Report on vaccination in Madras 1904-1921 - 1904-1921
Year: 1904
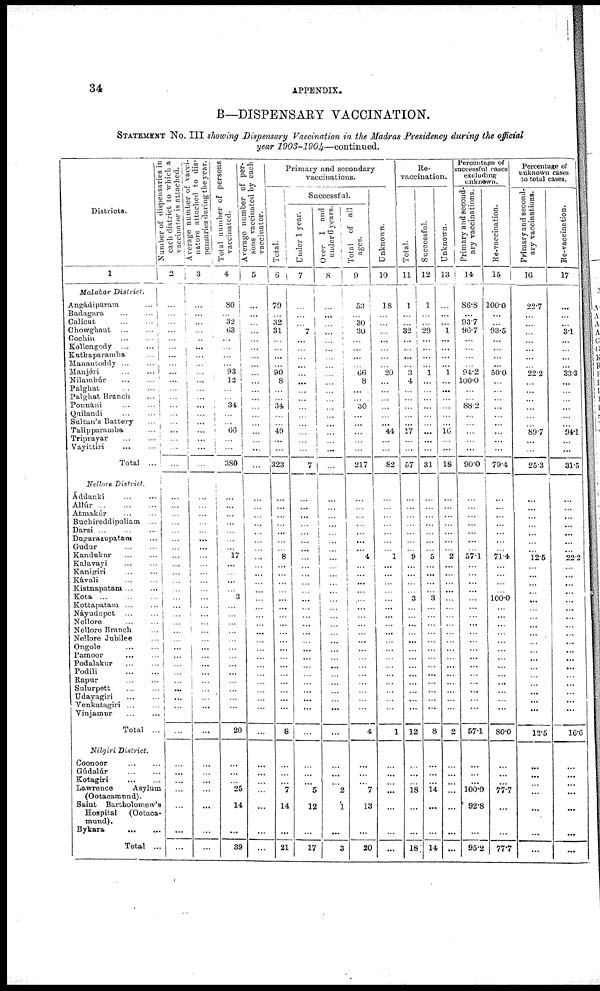
34
APPENDIX.
B—DISPENSARY VACCINATION.
STATEMENT No. III showing Dispensary Vaccination in the Madras Presidency during the official
year 1903-1904—continued.
Districts.
1
Malabar District.
Angádipuram ...
Badagara ... ...
Calicut
...
...
Chowghaut
...
...
Cochin ... ...
Kollengody
...
...
Kuthaparamba ...
Manantoddy...
...
Manjéri ... ...
Nilambúr
...
...
Palghat ... ...
Palghat Branch ...
Ponnáni ... ...
Quilandi ... ...
Sultan's Battery ...
Talipparamba ...
Triprayar
...
...
Vayittiri ... ...
Total ...
Nellore District.
Áddanki
...
...
Allúr ... ...
Atmakúr ... ...
Buchireddipoliam ...
Darsi
...
...
...
Dugarazupatam ...
Gudur
...
...
Kandukur
...
...
Kalavayi ... ...
Kanigiri
...
...
Kávali
...
...
Kistnapatam ... ...
Kota
...
...
...
Kottapatam
...
...
Náyudupet ... ...
Nellore
...
...
Nellore Branch ...
Nellore Jubilee ...
Ongole ... ...
Pamoor
...
...
Podalakur
...
...
Podili
...
...
Rapur
...
...
Sulurpett ... ...
Udayagiri ... ...
Venkatagiri ... ...
Vinjamur ... ...
Total ...
Nilgiri District.
Coonoor
...
...
Gúdalúr
...
...
Kotagiri
...
...
Lawrence
Asylum
(Ootacamund).
Saint Bartholomew's
Hospital
(Ootaca¬
mund).
Bykara
...
...
Total ...
Number of dispensaries in
each district to which a
vaccinator is attached.
2
...
...
...
...
...
...
...
...
...
...
...
...
...
...
...
...
...
...
...
...
...
...
...
...
...
...
...
...
...
...
...
...
...
...
...
...
...
...
...
...
...
...
...
...
...
...
...
...
...
...
...
...
...
...
Average number of vacci-
nators attached to dis-
pensaries during the year.
3
...
...
...
...
...
...
...
...
...
...
...
...
...
...
...
...
...
...
...
...
...
...
...
...
...
...
...
...
...
...
...
...
...
...
...
...
...
...
...
...
...
...
...
...
...
...
...
...
...
...
...
...
...
...
Total number of persons
vaccinated.
4
80
...
32
63
...
...
...
...
93
12
...
...
34
...
...
66
...
...
380
...
...
...
...
...
...
...
17
...
...
...
...
3
...
...
...
...
...
...
...
...
...
...
...
...
...
...
20
...
...
...
25
14
...
39
Average number of per-
sons vaccinated by each
vaccinator.
5
...
...
...
...
...
...
...
...
...
...
...
...
...
...
...
...
...
...
...
...
...
...
...
...
...
...
...
...
...
...
...
...
...
...
...
...
...
...
...
...
...
...
...
...
...
...
...
...
...
...
...
...
...
...
Primary and secondary
vaccinations.
Total.
6
79
...
32
31
...
...
...
...
90
8
...
...
34
...
...
49
...
...
323
...
...
...
...
...
...
...
8
...
...
...
...
...
...
...
...
...
...
...
...
...
...
...
...
...
...
...
8
...
...
...
7
14
...
21
Successful.
Under 1 year.
7
...
...
...
7
...
...
...
...
...
...
...
...
...
...
...
...
...
...
7
...
...
...
...
...
...
...
...
...
...
...
...
...
...
...
...
...
...
...
...
...
...
...
...
...
...
...
...
...
...
...
5
12
...
17
Over 1 and
under 6 years.
8
...
...
...
...
...
...
...
...
...
...
...
...
...
...
...
...
...
...
...
...
...
...
...
...
...
...
...
...
...
...
...
...
...
...
...
...
...
...
...
...
...
...
...
...
...
...
...
...
...
...
2
1
...
3
Total of all
ages.
9
53
...
30
30
...
...
...
...
66
8
... .
...
30
...
...
...
...
...
217
...
...
...
...
...
...
...
4
...
...
...
...
...
...
...
...
...
...
...
...
...
...
...
...
...
...
...
4
...
...
...
7
13
...
20
Unknown.
10
18
...
...
...
...
...
...
...
20
...
...
...
...
...
...
44
...
...
82
...
...
...
...
...
...
...
1
...
...
...
...
...
...
...
...
...
...
...
...
...
...
...
...
...
...
...
1
...
...
...
...
...
...
...
Re¬
vaccination.
Total.
11
1
...
...
32
...
...
...
...
3
4
...
...
...
...
...
17
...
...
57
...
...
...
...
...
...
...
9
...
...
...
...
3
...
...
...
...
...
...
...
...
...
...
...
...
...
...
12
...
...
...
18
...
...
18
Successful.
12
1
...
...
29
...
...
...
...
1
...
...
...
...
...
...
...
...
...
31
...
...
...
...
...
...
...
5
...
...
...
...
3
...
...
...
...
...
...
...
...
...
...
...
...
...
...
8
...
...
...
14
...
...
14
Unknown.
13
...
...
...
1
...
...
...
...
1
...
...
...
...
...
...
16
...
...
18
...
...
...
...
...
...
...
2
...
...
...
...
...
...
...
...
...
...
...
...
...
...
...
...
...
...
...
2
...
...
...
...
...
...
...
Percentage of
successful cases
excluding
unknown.
Primary and second-
ary vaccinations.
14
86.8
...
93.7
96.7
...
...
...
...
94.2
100.0
...
...
88.2
...
...
...
...
...
90.0
...
...
...
...
...
...
...
57.1
...
...
...
...
...
...
...
...
...
...
...
...
...
...
...
...
...
...
...
57.1
...
...
...
100.0
92.8
...
95.2
Re-vaccination.
15
100.0
...
...
93.5
...
...
...
...
50.0
...
...
...
...
...
...
...
...
...
79.4
...
...
...
...
...
...
...
71.4
...
...
...
...
100.0
...
...
...
...
...
...
...
...
...
...
...
...
...
...
80.0
...
...
...
77.7
...
...
77.7
Percentage of
unknown cases
to total cases.
Primary and second¬
ary vaccinations.
16
22.7
...
...
...
...
...
...
...
22.2
...
...
...
...
...
...
89.7
...
...
25.3
...
...
...
...
...
...
...
12.5
...
...
...
...
...
...
...
...
...
...
...
...
...
...
...
...
...
...
...
12.5
...
...
...
...
...
...
...
Re-vaccination.
17
...
...
...
3.1
...
...
...
...
33.3
...
...
...
...
...
...
94.1
...
...
31.5
...
...
...
...
...
...
...
22.2
...
...
...
...
...
...
...
...
...
...
...
...
...
...
...
...
...
...
...
16.6
...
...
...
...
...
...
...